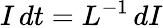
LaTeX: I\, dt=L^{-1}\, dI